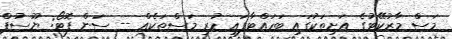
މަސް މާރުކޭޓުގެ އަށިތަކުގައި ބަހައްޓާފައި ހުރި މަސްތަކެއް -- ސަން ފޮޓޯ: ޔޫސުފް